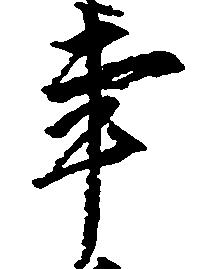
事